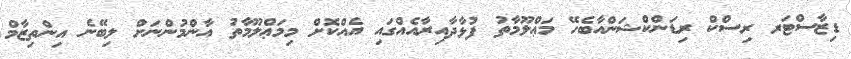
ޑިޒާސްޓަރ ރިސްކް ރިޑަންކްޝަންއާބެހޭ މަޢްލޫމާތު ފުޅާދާއިރާއެއްގައި އެއްކޮށް މިމަޢްލޫމާތު އާންމުންނަށް ލިބޭނެ އިންތިޒާމް